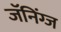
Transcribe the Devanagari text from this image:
जॅनिंग्ज